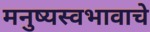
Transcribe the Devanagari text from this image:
मनुष्यस्वभावाचे